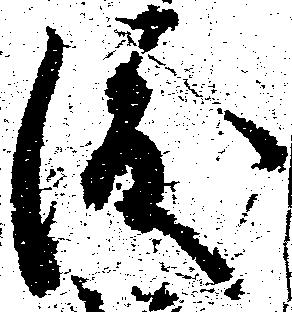
渡